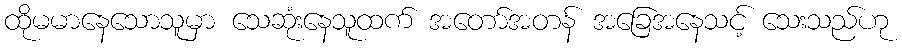
ထိုမမာနေသောသူမှာ သေဆုံးနေသူထက် အတော်အတန် အခြေအနေသင့် သေးသည်ဟု